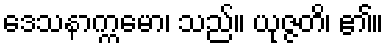
ဒေသနာက္ကမော၊ သည်။ ယုဇ္ဇတိ၊ ၏။